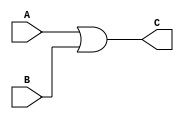
module my_or_gate (
  input A, B,
  output C
);
  
  assign C = A | B;
  
endmodule